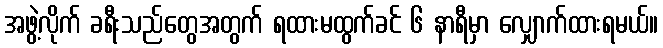
အဖွဲ့လိုက် ခရီးသည်တွေအတွက် ရထားမထွက်ခင် ၆ နာရီမှာ လျှောက်ထားရမယ်။